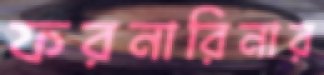
ফরনারিনার